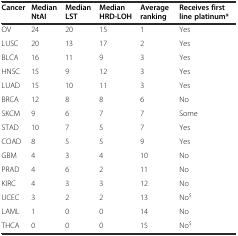
<table><thead><tr><td><b>Cancer</b></td><td><b>Median NtAI</b></td><td><b>Median LST</b></td><td><b>Median HRD-LOH</b></td><td><b>Average ranking</b></td><td><b>Receives first line platinum*</b></td></tr></thead><tbody><tr><td>OV</td><td>24</td><td>20</td><td>15</td><td>1</td><td>Yes</td></tr><tr><td>LUSC</td><td>20</td><td>13</td><td>17</td><td>2</td><td>Yes</td></tr><tr><td>BLCA</td><td>16</td><td>11</td><td>9</td><td>3</td><td>Yes</td></tr><tr><td>HNSC</td><td>15</td><td>9</td><td>12</td><td>3</td><td>Yes</td></tr><tr><td>LUAD</td><td>15</td><td>10</td><td>11</td><td>3</td><td>Yes</td></tr><tr><td>BRCA</td><td>12</td><td>8</td><td>8</td><td>6</td><td>No</td></tr><tr><td>SKCM</td><td>9</td><td>6</td><td>7</td><td>7</td><td>Some</td></tr><tr><td>STAD</td><td>10</td><td>7</td><td>5</td><td>7</td><td>Yes</td></tr><tr><td>COAD</td><td>8</td><td>5</td><td>5</td><td>9</td><td>Yes</td></tr><tr><td>GBM</td><td>4</td><td>3</td><td>4</td><td>10</td><td>No</td></tr><tr><td>PRAD</td><td>4</td><td>6</td><td>2</td><td>11</td><td>No</td></tr><tr><td>KIRC</td><td>4</td><td>3</td><td>3</td><td>12</td><td>No</td></tr><tr><td>UCEC</td><td>3</td><td>2</td><td>2</td><td>13</td><td>No<sup>$</sup></td></tr><tr><td>LAML</td><td>1</td><td>0</td><td>0</td><td>14</td><td>No</td></tr><tr><td>THCA</td><td>0</td><td>0</td><td>0</td><td>15</td><td>No<sup>$</sup></td></tr></tbody></table>